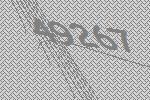
49267